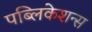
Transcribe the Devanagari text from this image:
पब्‍लिकेशन्‍स